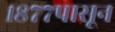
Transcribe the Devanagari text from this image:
१८७७पासून